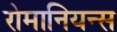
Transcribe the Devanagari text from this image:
रोमानियन्स